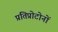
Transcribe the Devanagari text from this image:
प्रतिप्रोटोनों